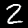
Digit: 2